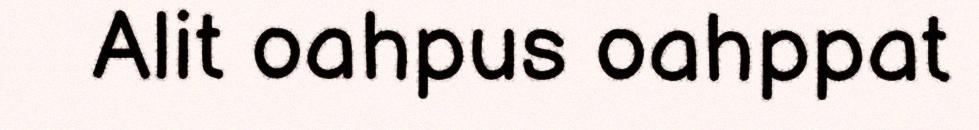
Alit oahpus oahppat